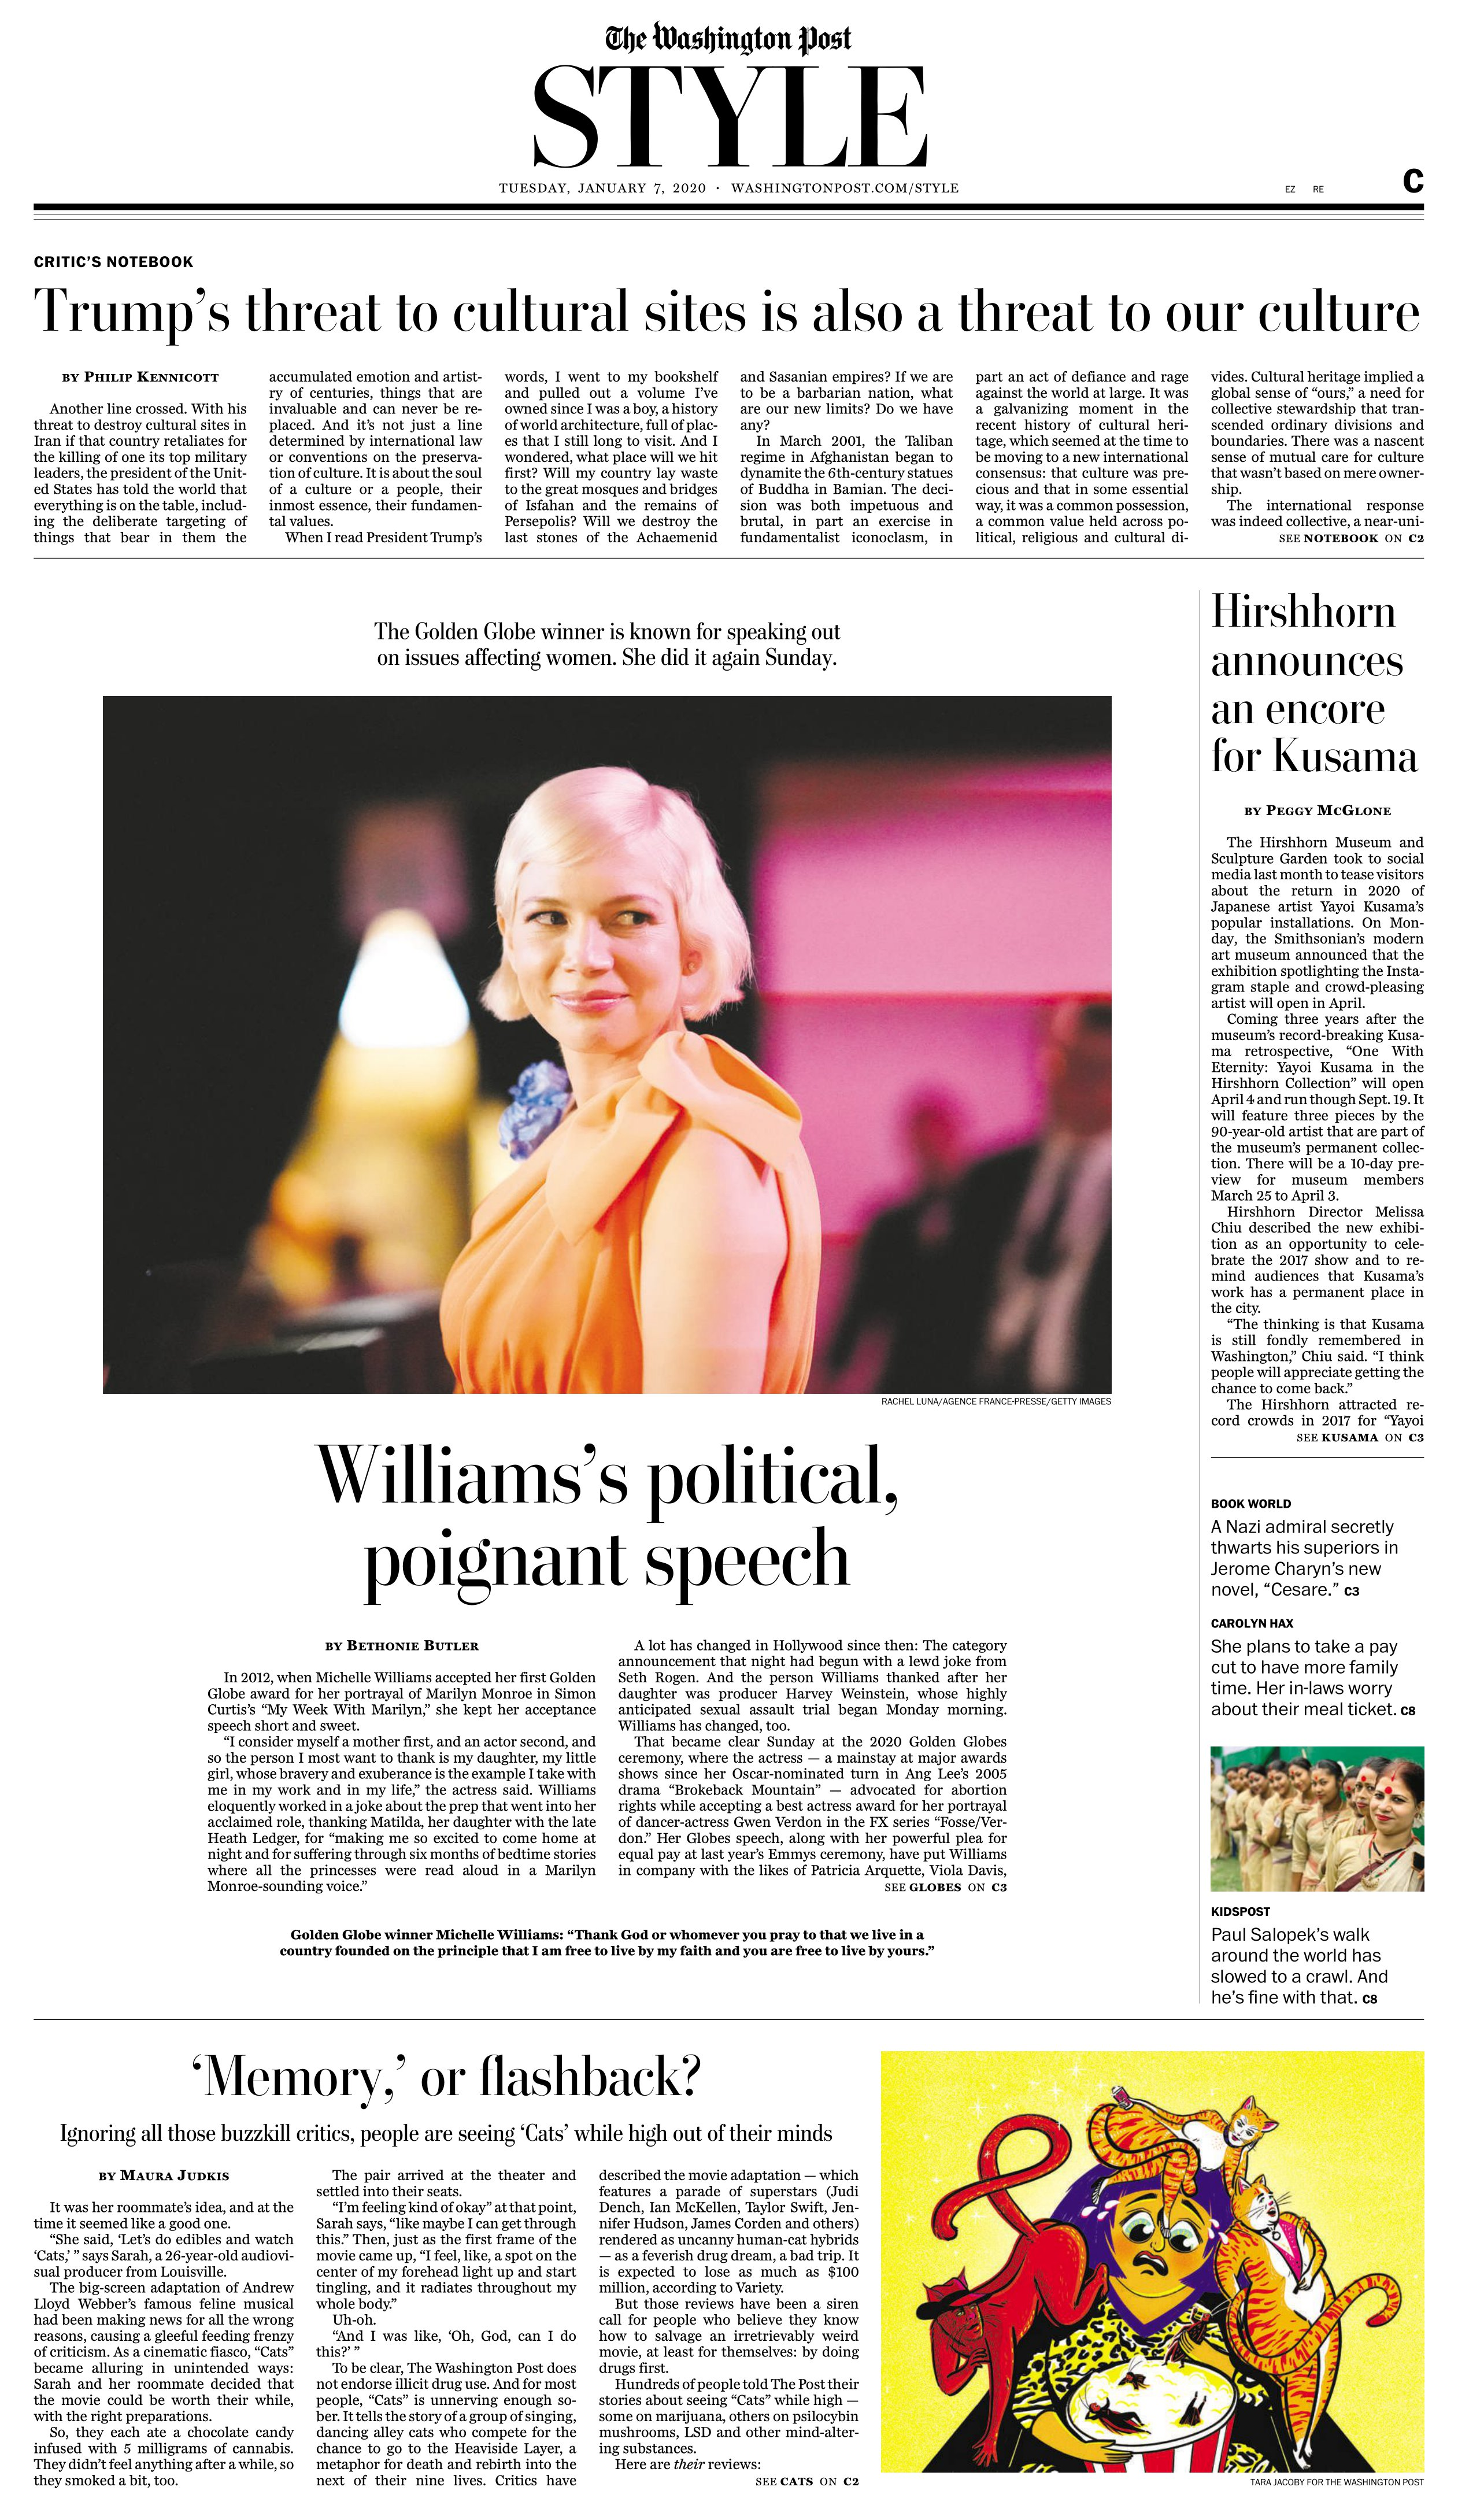
Language: en